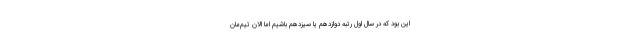
این بود که در سال اول رتبه دوازدهم یا سیزدهم باشیم اما الان تیم‌مان